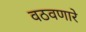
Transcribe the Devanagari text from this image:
वठवणारे